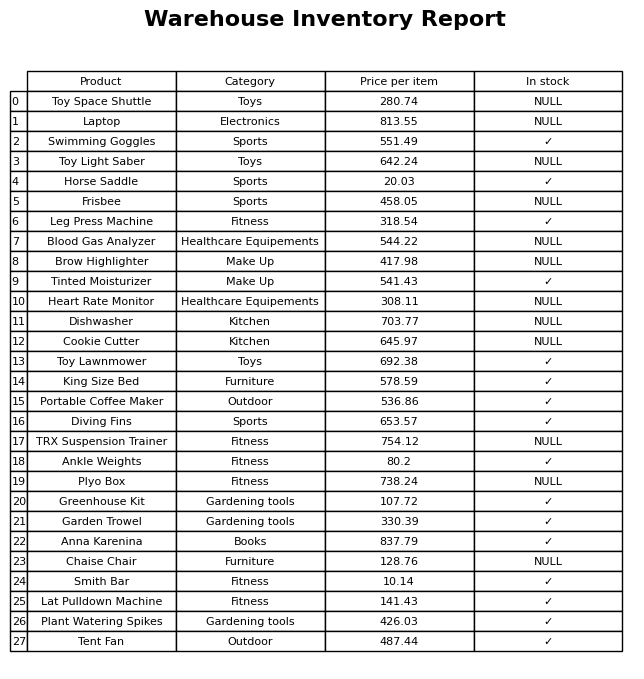
question: What is the price for Plant Watering Spikes?
answer: The price of Plant Watering Spikes is 426.03.